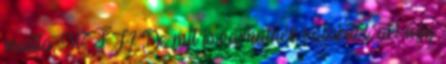
maitta, WTF? De mit is várhatnék valakitől, aki úgy